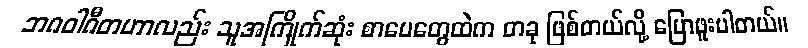
ဘဂဝါဂီတဟာလည်း သူအကြိုက်ဆုံး စာပေတွေထဲက တခု ဖြစ်တယ်လို့ ပြောဖူးပါတယ်။